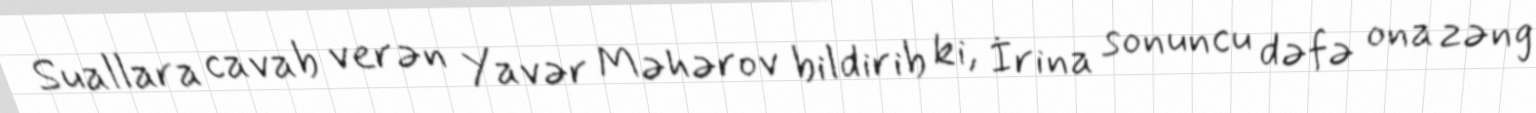
Suallara cavab verən Yavər Məhərov bildirib ki, İrina sonuncu dəfə ona zəng